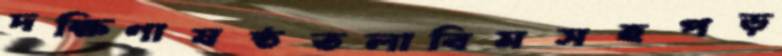
দক্ষিণাষষ্ঠতলাবিমসহপড়